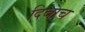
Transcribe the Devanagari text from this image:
दिवाच